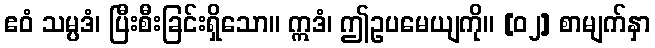
ဧဝံ သမ္ပဒံ၊ ပြီးစီးခြင်းရှိသော။ ဣဒံ၊ ဤဥပမေယျကို။ [၀၂] စာမျက်နှာ